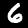
Label: 6